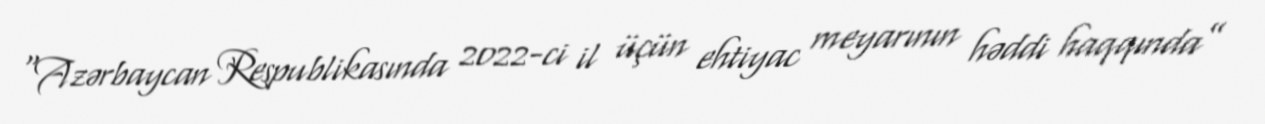
“Azərbaycan Respublikasında 2022-ci il üçün ehtiyac meyarının həddi haqqında”